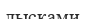
лысками